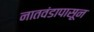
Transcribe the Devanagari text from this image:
नातवंडापासून